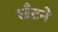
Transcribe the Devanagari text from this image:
छँटने